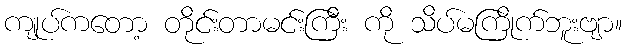
ကျုပ်ကတော့ တိုင်းတာမင်းကြီး ကို သိပ်မကြိုက်ဘူးဗျာ။